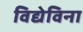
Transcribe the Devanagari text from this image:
विद्येविना